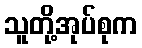
သူတို့အုပ်စုက